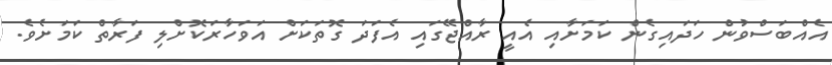
އެއްބަސްވުން ހަދައިގެން ކަމަށާއި އެއީ ރާއްޖޭގައި އެފަދަ ގޮތަކަށް އަވަހާރަކޮށްލި ފަރާތް ކަމަށެވެ.